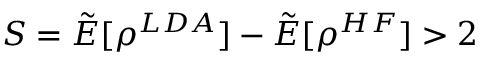
S = \tilde { E } [ \rho ^ { L D A } ] - \tilde { E } [ \rho ^ { H F } ] > 2